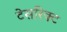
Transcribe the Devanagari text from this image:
टेसरिक्ट